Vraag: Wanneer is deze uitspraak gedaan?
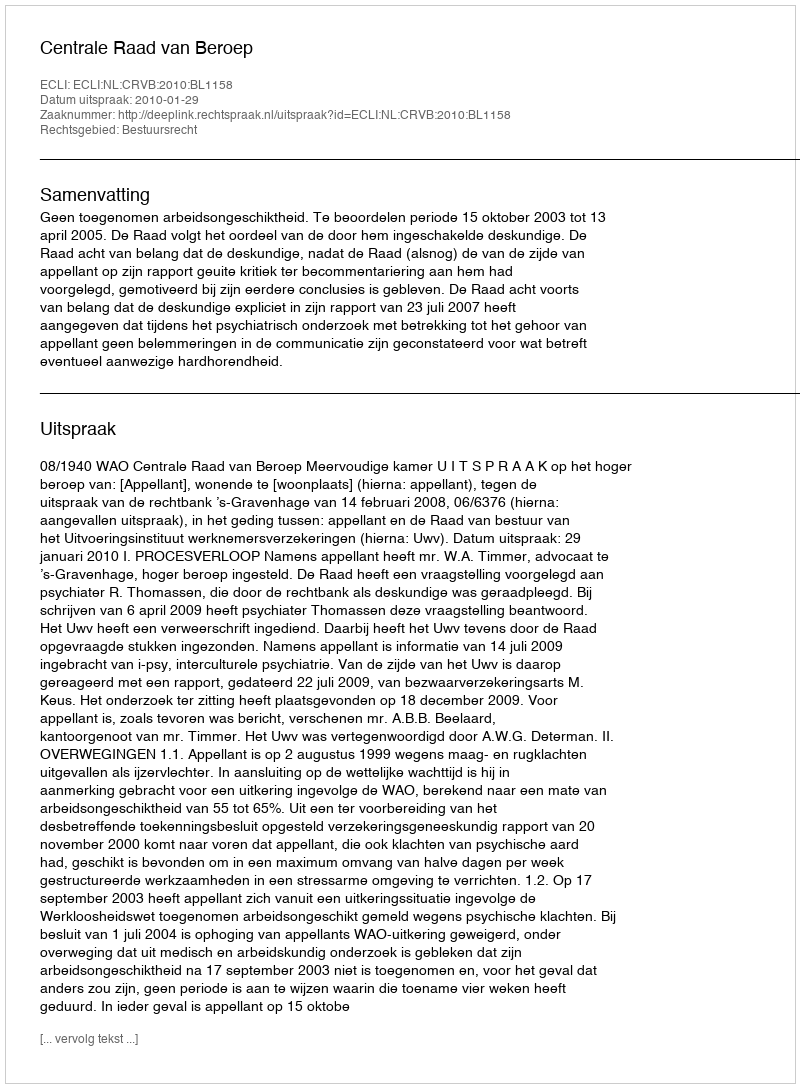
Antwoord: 2010-01-29